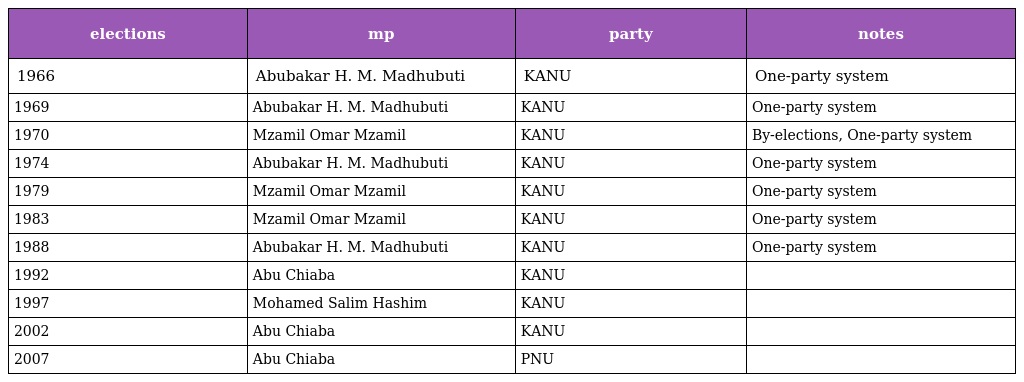
| elections | mp | party | notes |
 | --- | --- | --- | --- |
 | 1966 | Abubakar H. M. Madhubuti | KANU | One-party system |
 | 1969 | Abubakar H. M. Madhubuti | KANU | One-party system |
 | 1970 | Mzamil Omar Mzamil | KANU | By-elections, One-party system |
 | 1974 | Abubakar H. M. Madhubuti | KANU | One-party system |
 | 1979 | Mzamil Omar Mzamil | KANU | One-party system |
 | 1983 | Mzamil Omar Mzamil | KANU | One-party system |
 | 1988 | Abubakar H. M. Madhubuti | KANU | One-party system |
 | 1992 | Abu Chiaba | KANU |  |
 | 1997 | Mohamed Salim Hashim | KANU |  |
 | 2002 | Abu Chiaba | KANU |  |
 | 2007 | Abu Chiaba | PNU |  |